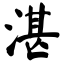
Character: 湛